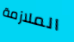
الملازمة